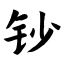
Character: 钞